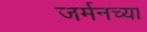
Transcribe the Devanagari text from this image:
जर्मनच्या